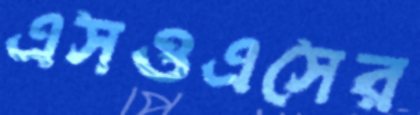
এসওএসের